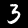
Label: 3